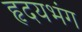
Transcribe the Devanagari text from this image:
हृदयभंग